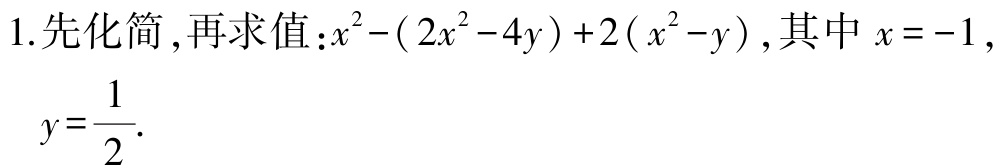
1.先化简,再求值：\(x^{2}-(2x^{2}-4y)+2(x^{2}-y)\)，其中\(x = -1\)，

\(y=\dfrac{1}{2}\).